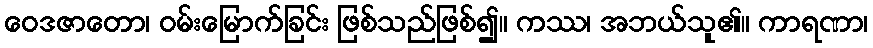
ဝေဒဇာတော၊ ဝမ်းမြောက်ခြင်း ဖြစ်သည်ဖြစ်၍။ ကဿ၊ အဘယ်သူ၏။ ကာရဏာ၊